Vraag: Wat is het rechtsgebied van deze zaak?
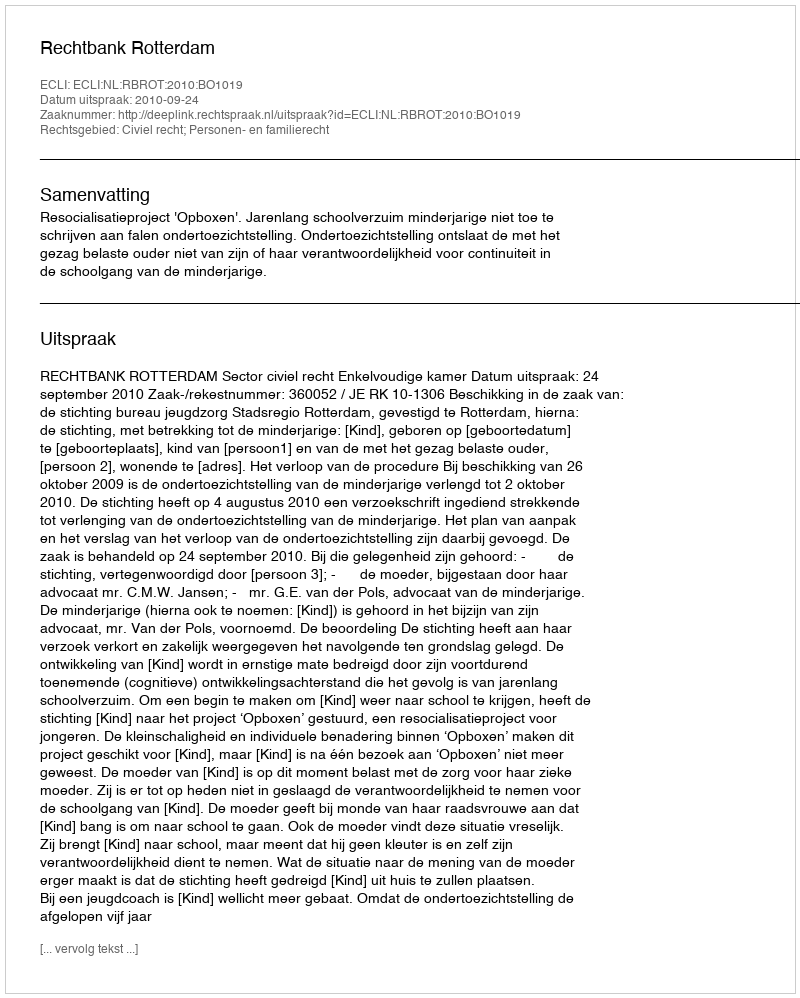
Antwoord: Civiel recht; Personen- en familierecht